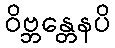
ဝိဗ္ဘန္တေနပိ